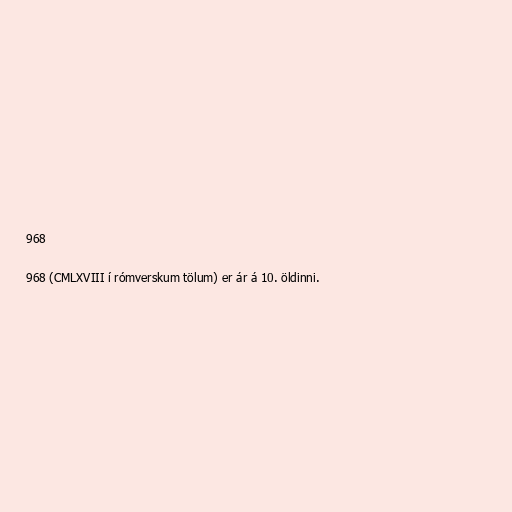
968

968 (CMLXVIII í rómverskum tölum) er ár á 10. öldinni.